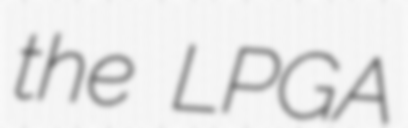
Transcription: the LPGA